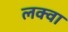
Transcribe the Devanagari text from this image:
लक्वा